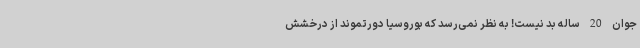
جوان 20 ساله بد نیست! به نظر نمی‌رسد که بوروسیا دورتموند از درخشش